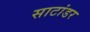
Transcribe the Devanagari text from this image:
साटांडर